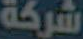
شركة